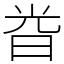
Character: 𣆤